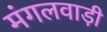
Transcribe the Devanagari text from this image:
मंगलवाड़ी